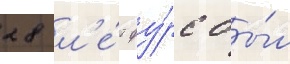
28 л'е́т фу́рс бы́л